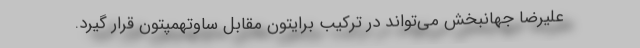
علیرضا جهانبخش می‌تواند در ترکیب برایتون مقابل ساوتهمپتون قرار گیرد.